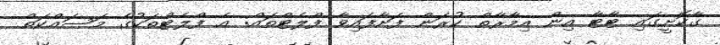
ގާކޮށީގައި ޓާޓާ އިން އިމާރާތް ކުރަން ފަށާފައިވާ ފްލެޓްތައް: އެ ފްލެޓްތަކުގެ މަސައްކަތް